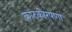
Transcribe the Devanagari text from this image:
काटकोरपणा